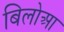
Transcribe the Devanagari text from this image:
बिलोआ